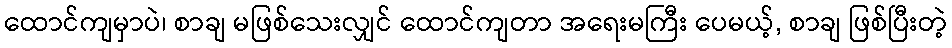
ထောင်ကျမှာပဲ၊ စာချ မဖြစ်သေးလျှင် ထောင်ကျတာ အရေးမကြီး ပေမယ့်, စာချ ဖြစ်ပြီးတဲ့